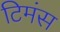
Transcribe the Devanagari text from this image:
टिमंस